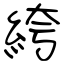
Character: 絝